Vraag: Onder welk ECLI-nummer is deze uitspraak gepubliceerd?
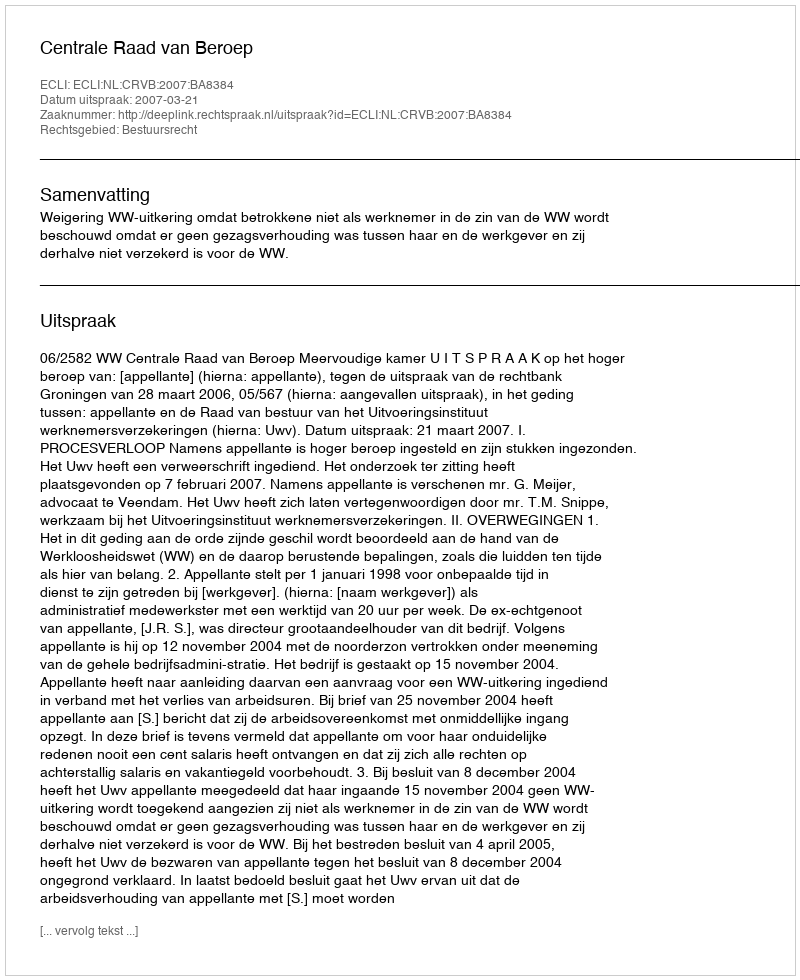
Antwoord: ECLI:NL:CRVB:2007:BA8384